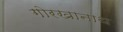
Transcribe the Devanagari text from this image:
गोरखानाथ